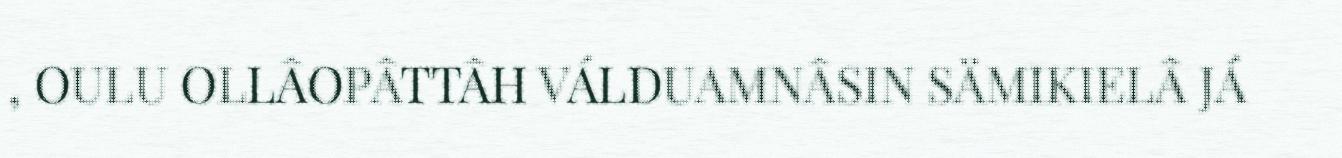
, OULU OLLÂOPÂTTÂH VÁLDUAMNÂSIN SÄMIKIELÂ JÁ